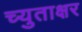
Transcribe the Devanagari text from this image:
च्युताक्षर